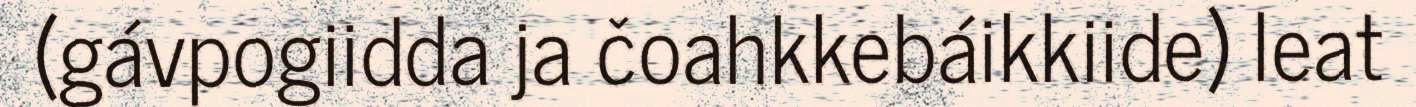
(gávpogiidda ja čoahkkebáikkiide) leat